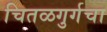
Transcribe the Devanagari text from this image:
चितळगुर्गचा